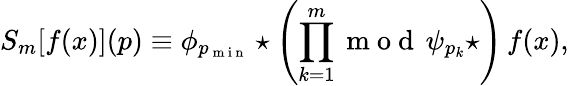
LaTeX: S_{m}[f(x)](p)\equiv\phi_{p_{\mathrm{~m~i~n~}}}\star\left(\prod_{k=1}^{m}{\mathrm{~m~o~d~}\, \psi_{p_{k}}\star}\right)\, f(x),